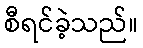
စီရင်ခဲ့သည်။